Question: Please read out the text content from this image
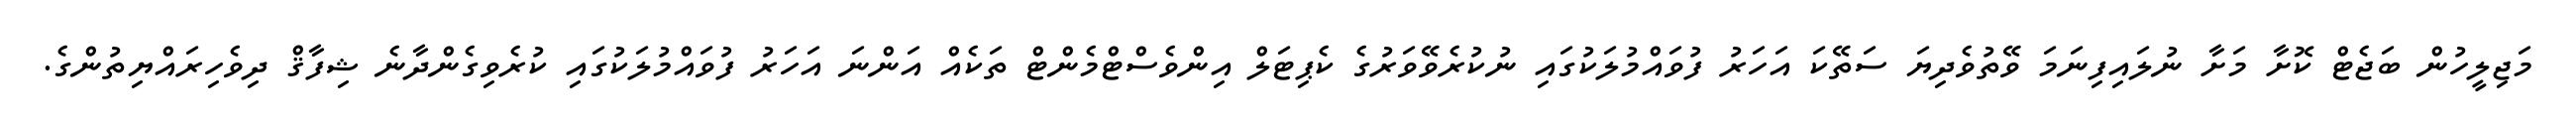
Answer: މަޖިލީހުން ބަޖެޓް ކޮށާ މަށާ ނުލައިފިނަމަ ވޭތުވެދިޔަ ސަތޭކަ އަހަރު ފުވައްމުލަކުގައި ނުކުރެވޭވަރުގެ ކެޕިޓަލް އިންވެސްޓްމެންޓް ތަކެއް އަންނަ އަހަރު ފުވައްމުލަކުގައި ކުރެވިގެންދާނެ ޝިފާޤް ދިވެހިރައްޔިތުންގެ.